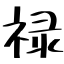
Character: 禄